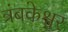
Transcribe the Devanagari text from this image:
त्रंबकेश्वर